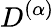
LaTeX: D^{(\alpha)}